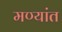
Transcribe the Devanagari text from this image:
मण्यांत